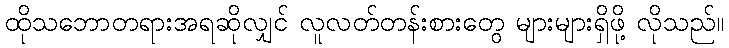
ထိုသဘောတရားအရဆိုလျှင် လူလတ်တန်းစားတွေ များများရှိဖို့ လိုသည်။